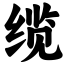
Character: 缆